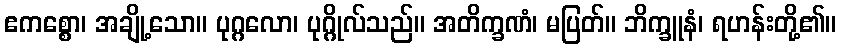
ဧကစ္စော၊ အချို့သော။ ပုဂ္ဂလော၊ ပုဂ္ဂိုလ်သည်။ အတိက္ခဏံ၊ မပြတ်။ ဘိက္ခူနံ၊ ရဟန်းတို့၏။